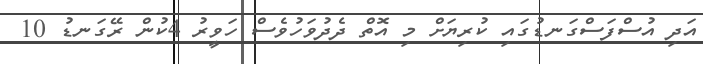
އަދި އުސްފަސްގަނޑުގައި ކުރިޔަށް މި އޮތް ދެދުވަހުވެސް ހަވީރު 4ކުން ރޭގަނޑު 10